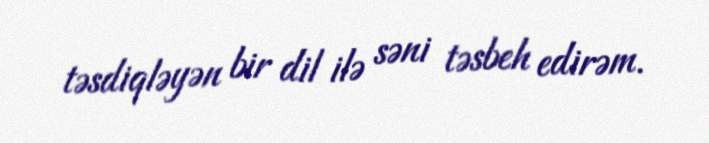
təsdiqləyən bir dil ilə səni təsbeh edirəm.